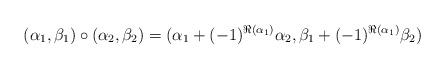
LaTeX: \begin{align*}(\alpha_1, \beta_1)\circ (\alpha_2, \beta_2)=(\alpha_1+(-1)^{\Re(\alpha_1)}\alpha_2, \beta_1+(-1)^{\Re(\alpha_1)}\beta_2)\end{align*}